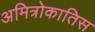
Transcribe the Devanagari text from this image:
अमित्रोकातिस